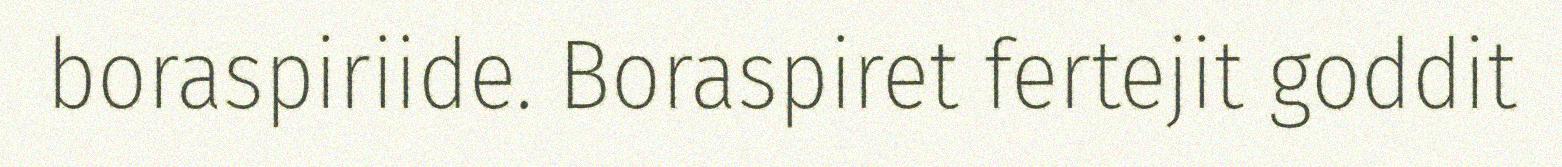
boraspiriide. Boraspiret fertejit goddit